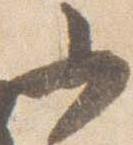
少